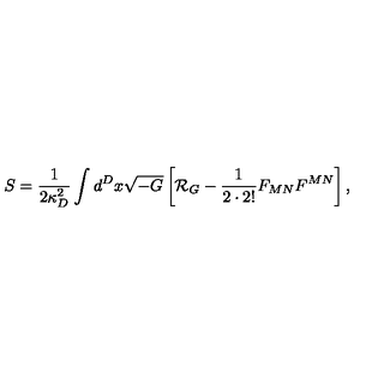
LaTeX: S = { \frac { 1 } { 2 \kappa _ { D } ^ { 2 } } } \int d ^ { D } x \sqrt { - G } \left[ { \cal R } _ { G } - { \frac { 1 } { 2 \cdot 2 ! } } F _ { M N } F ^ { M N } \right] ,